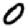
Digit: 0